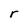
Character: r